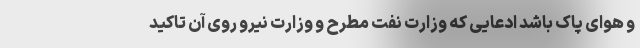
و هوای پاک باشد ادعایی که وزارت نفت مطرح و وزارت نیرو روی آن تاکید